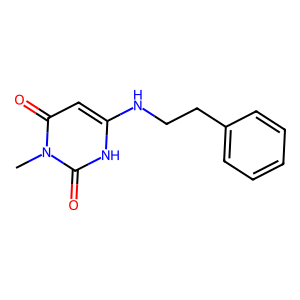
SMILES: Cn1c(=O)cc(NCCc2ccccc2)[nH]c1=O
Inhibits HIV replication: No